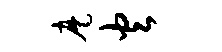
麾火